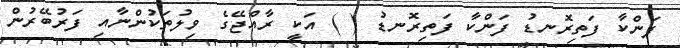
ފަންކާ ފަތިރޮނޑު ފަންކާ ފަތިރޮނޑު ( ) އަކީ ރާއްޖޭގެ ވިލުތަކުންނާއި ފަރުބޭރުން